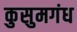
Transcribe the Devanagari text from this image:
कुसुमगंध